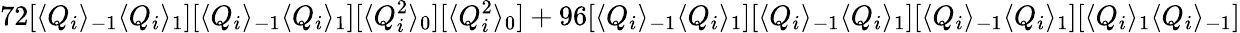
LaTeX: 72[\langle Q_{i}\rangle_{-1}\langle Q_{i}\rangle_{1}][\langle Q_{i}\rangle_{-1}\langle Q_{i}\rangle_{1}][\langle Q_{i}^{2}\rangle_{0}][\langle Q_{i}^{2}\rangle_{0}]+96[\langle Q_{i}\rangle_{-1}\langle Q_{i}\rangle_{1}][\langle Q_{i}\rangle_{-1}\langle Q_{i}\rangle_{1}][\langle Q_{i}\rangle_{-1}\langle Q_{i}\rangle_{1}][\langle Q_{i}\rangle_{1}\langle Q_{i}\rangle_{-1}]